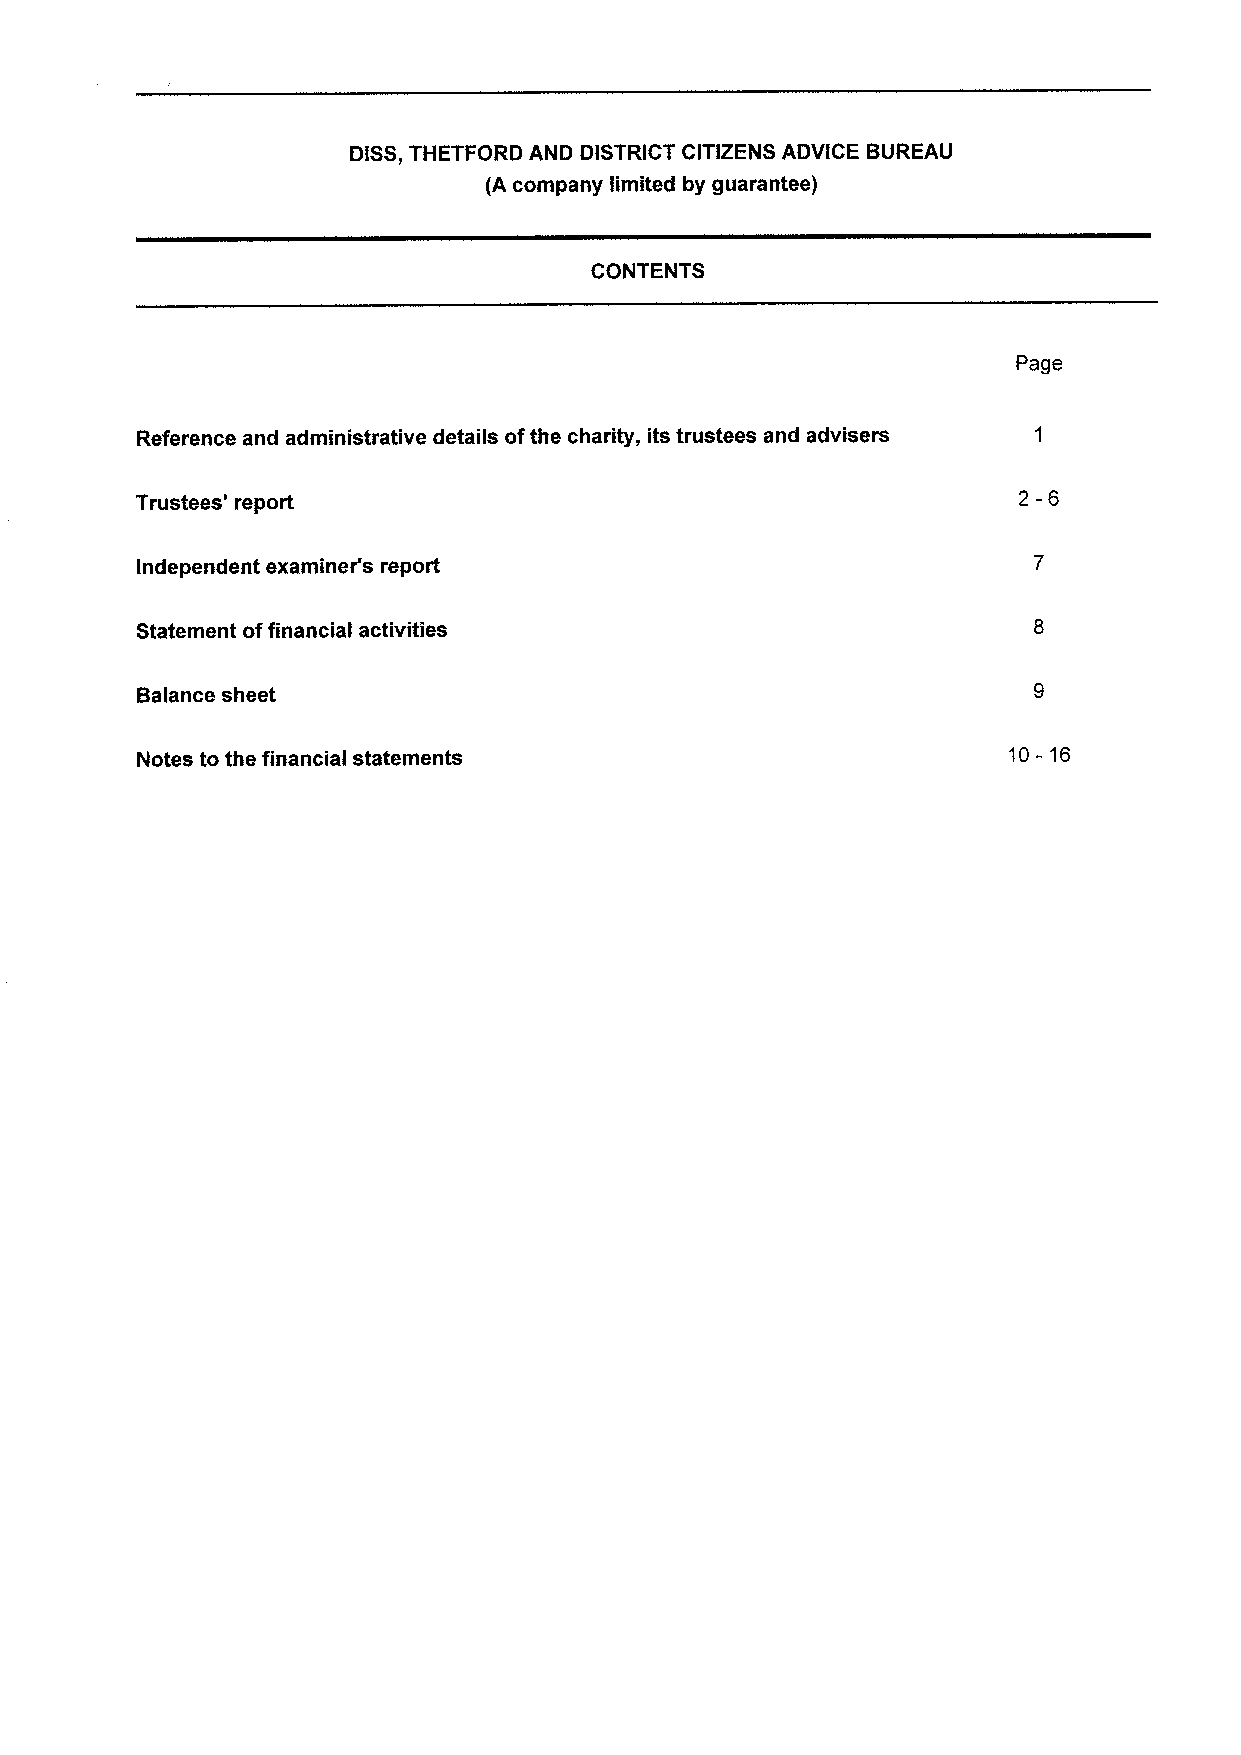
DISS,THETFORD AND DISTRICT CITIZENS ADVICE BUREAU
 (A company limited by guarantee)
 CONTENTS
 Page
 Reference and administrative details ofthe charity, its trustees and advisers
 2-6
 Trustees' report
 Independent examiner's report
 Statement offinancial activities
 Balance sheet
 Notes to the financial statements                         10- 16